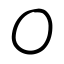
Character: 〇